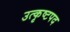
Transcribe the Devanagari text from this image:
उत्कृष्टपद